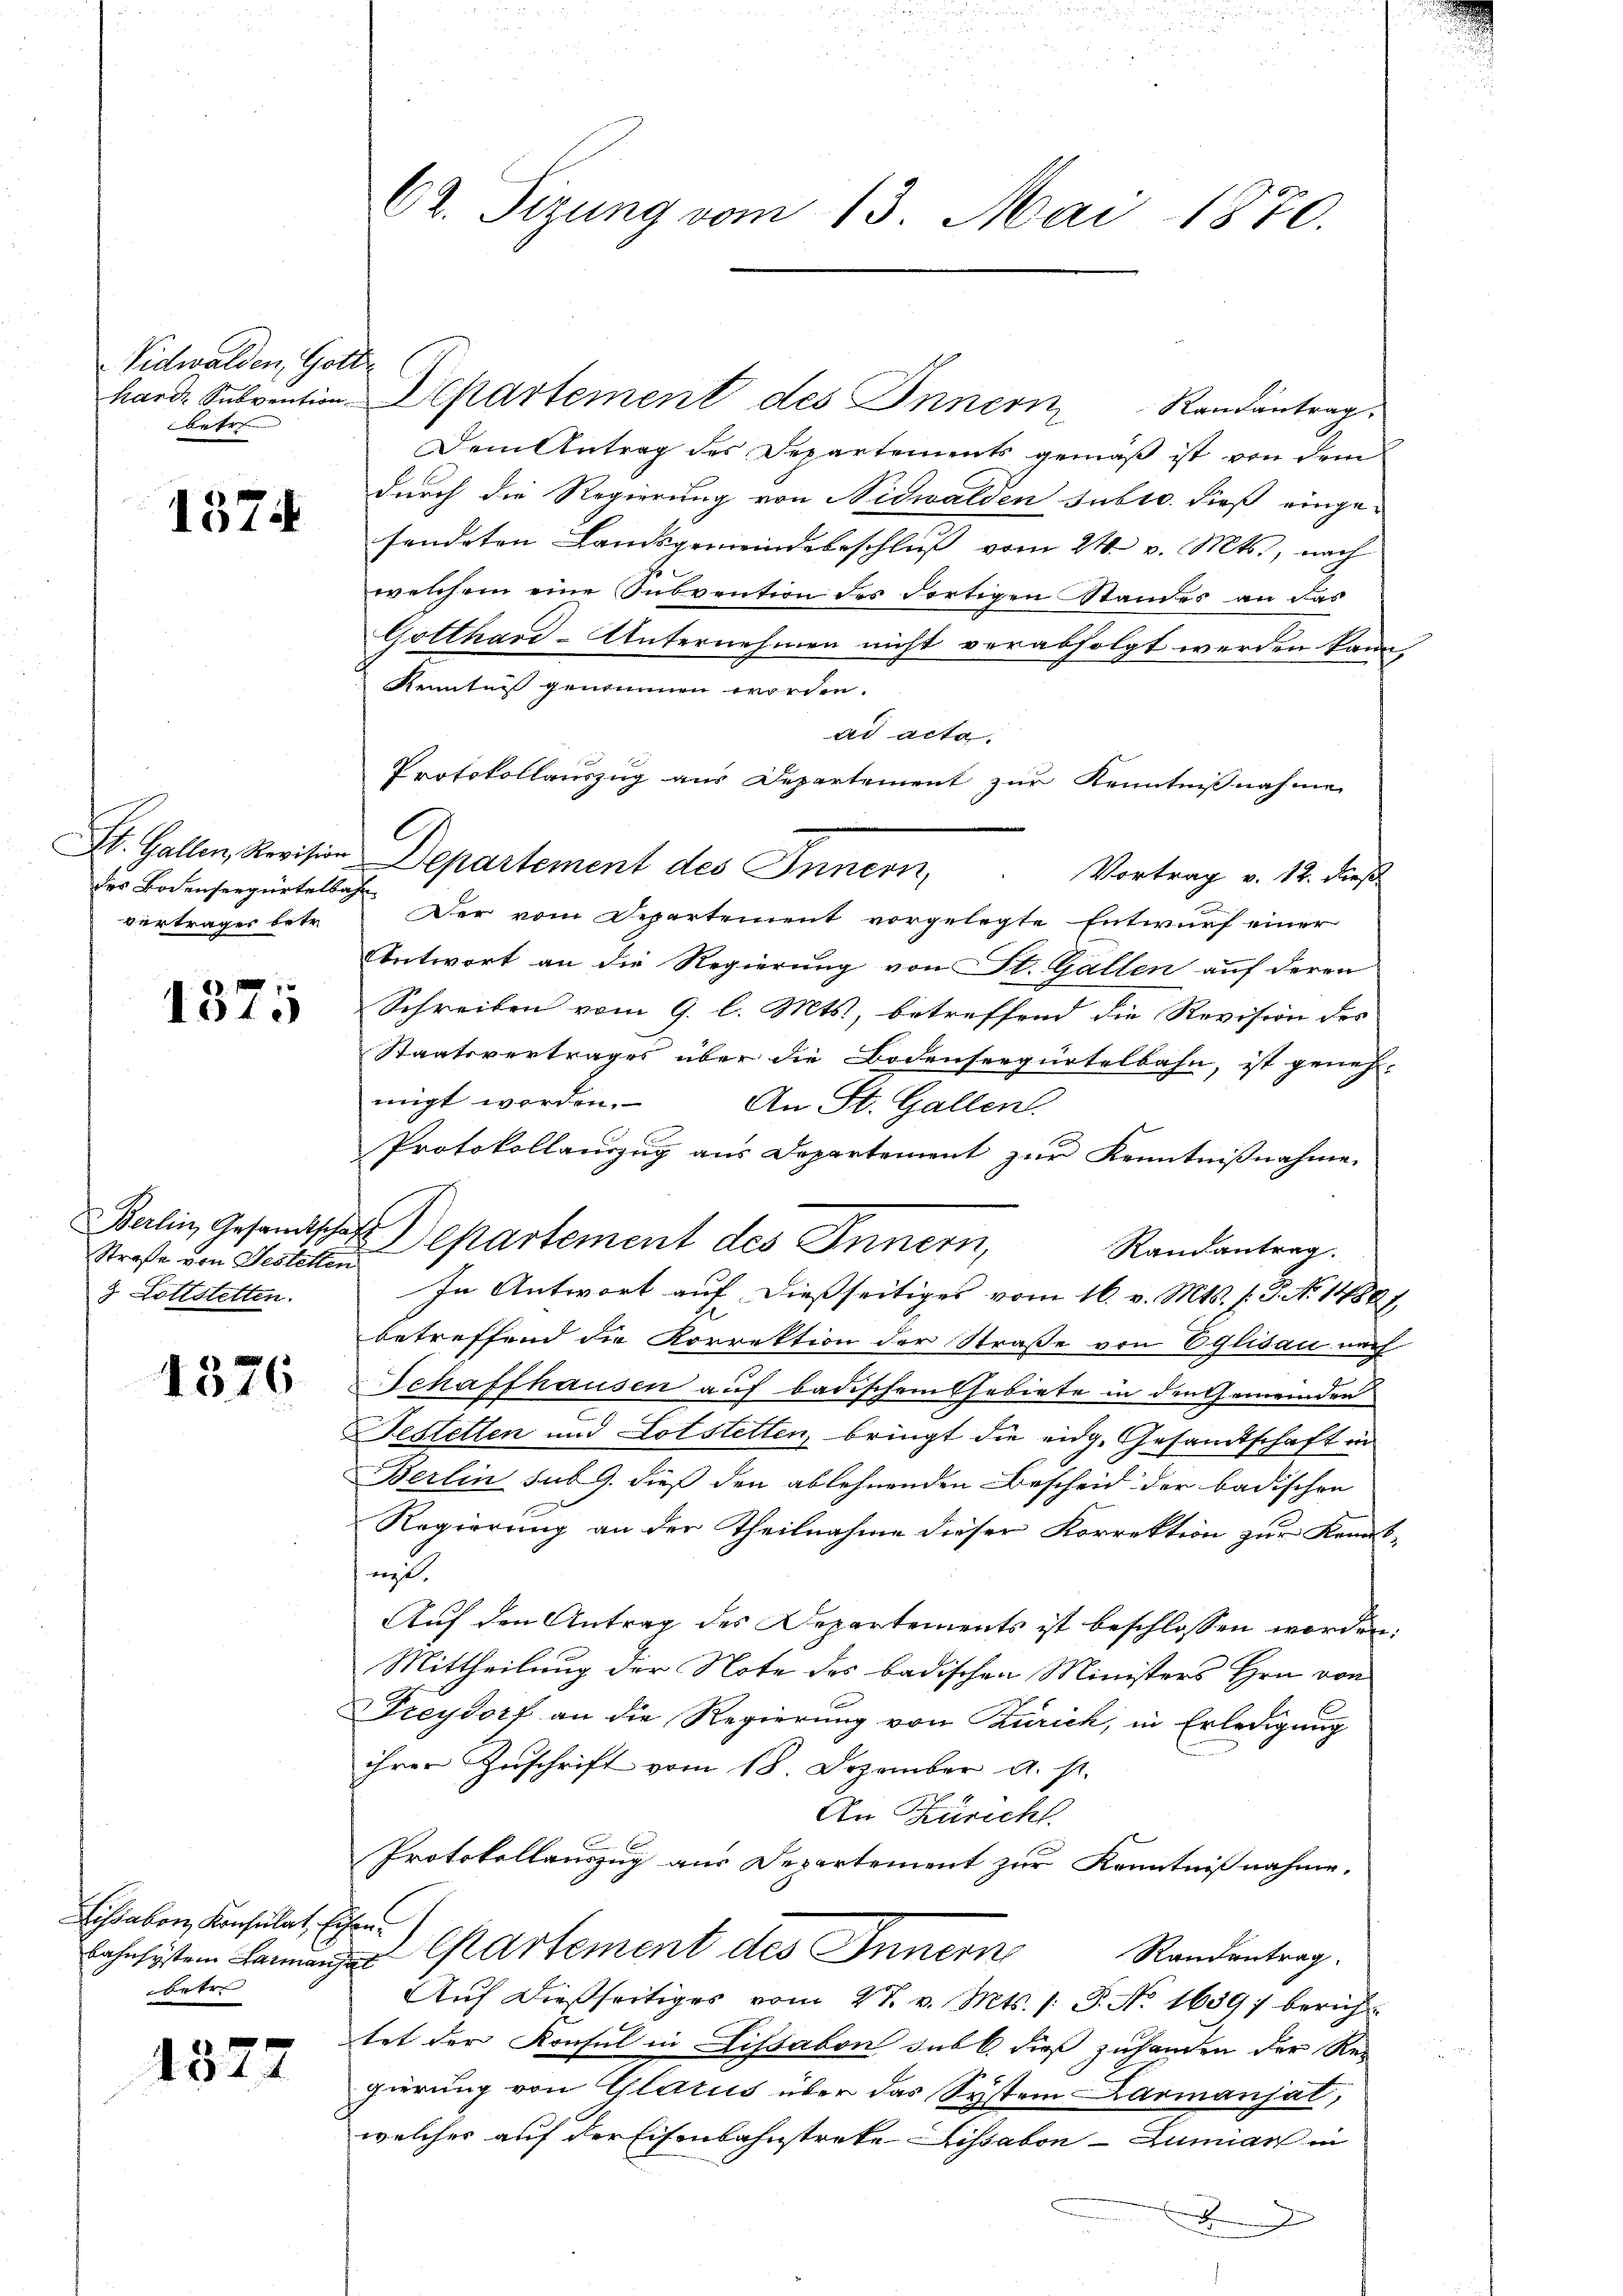
Vidwalden, Gott
betr |

1574

des Bodensergürtelbahr
vertrages betr.

1375

Berlin Gesandtschaft
3 Lottstetten.

1376

Lissabon Konsulat, Eisenbetre

x
14

62. Sizung vom 13. Mai 1870.

hard Subvention Departement des Innern Randantrag
Dem Antrag des Departements gemäß ist von dem
durch die Regierung von Nidwalden subro dieß eingesendeten Landsgemeindebeschluß vom 24. v. Mts., nach
welchem eine Subvention des dortigen Standes an der
Gotthard-Unternehmen nicht verabfolgt werden kann,
Kenntniß genommen worden.
ad acta.
Protokollauszug aus Departement zur Kenntnißnahme
St. Gallen Kreisen Departement des Innern,
Vortrag v. 12. dieß
Der vom Departement vorgelegte Entwurf einer
Antwort an die Regierung von St. Gallen auf deren
Schreiben vom 9. l. Mts., betreffend die Revision des |
Staatsvertrages über die Bodenseegürtelbahn, ist geneh-
migt werden.
An St. Gallen.
Protokollanzug aus Departement zur Kenntnißnahme
Randantrag.
In Antwort auf dießseitiges vom 16. v. Mts. f. 3. No. 14881
betreffend die Korrektion der Straße von Eglisau nach
Schaffhausen auf badischem Gebiete in den Gemeinden
Festellen und Lotstetten, bringt die eidg. Gesandtschaft in
Berlin sub 9. dieß den ablehnenden Bescheid der badischen
Regierung an der Theilnahme dieser Korrektion zur Kennt-
nit.
Auf den Antrag des Departements ist beschlossen worden:
Mittheilung der Note des badischen Ministers Hrn. von
Freydorf an die Regierung von Zürich, in Erledigung
ihrer Zuschrift vom 18. Dezember a. s.
An Zürich
Protokollauszug aus Departement zur Kenntnißnahme.
Lohnsystem Lana Cartement des Innern Randentrag.
Aŭf dießseitiges vom 27. v. Mts. s. S. No. 1689) berich
tet der Konsul in Lissabon sub 6. dieß zuhanden der Re-
gierung von Glarus über das System Karmanjat,
welches auf der Eisenbahnstreke Lissabon - Zumian in

Straße den Jesuite partement des Innern,